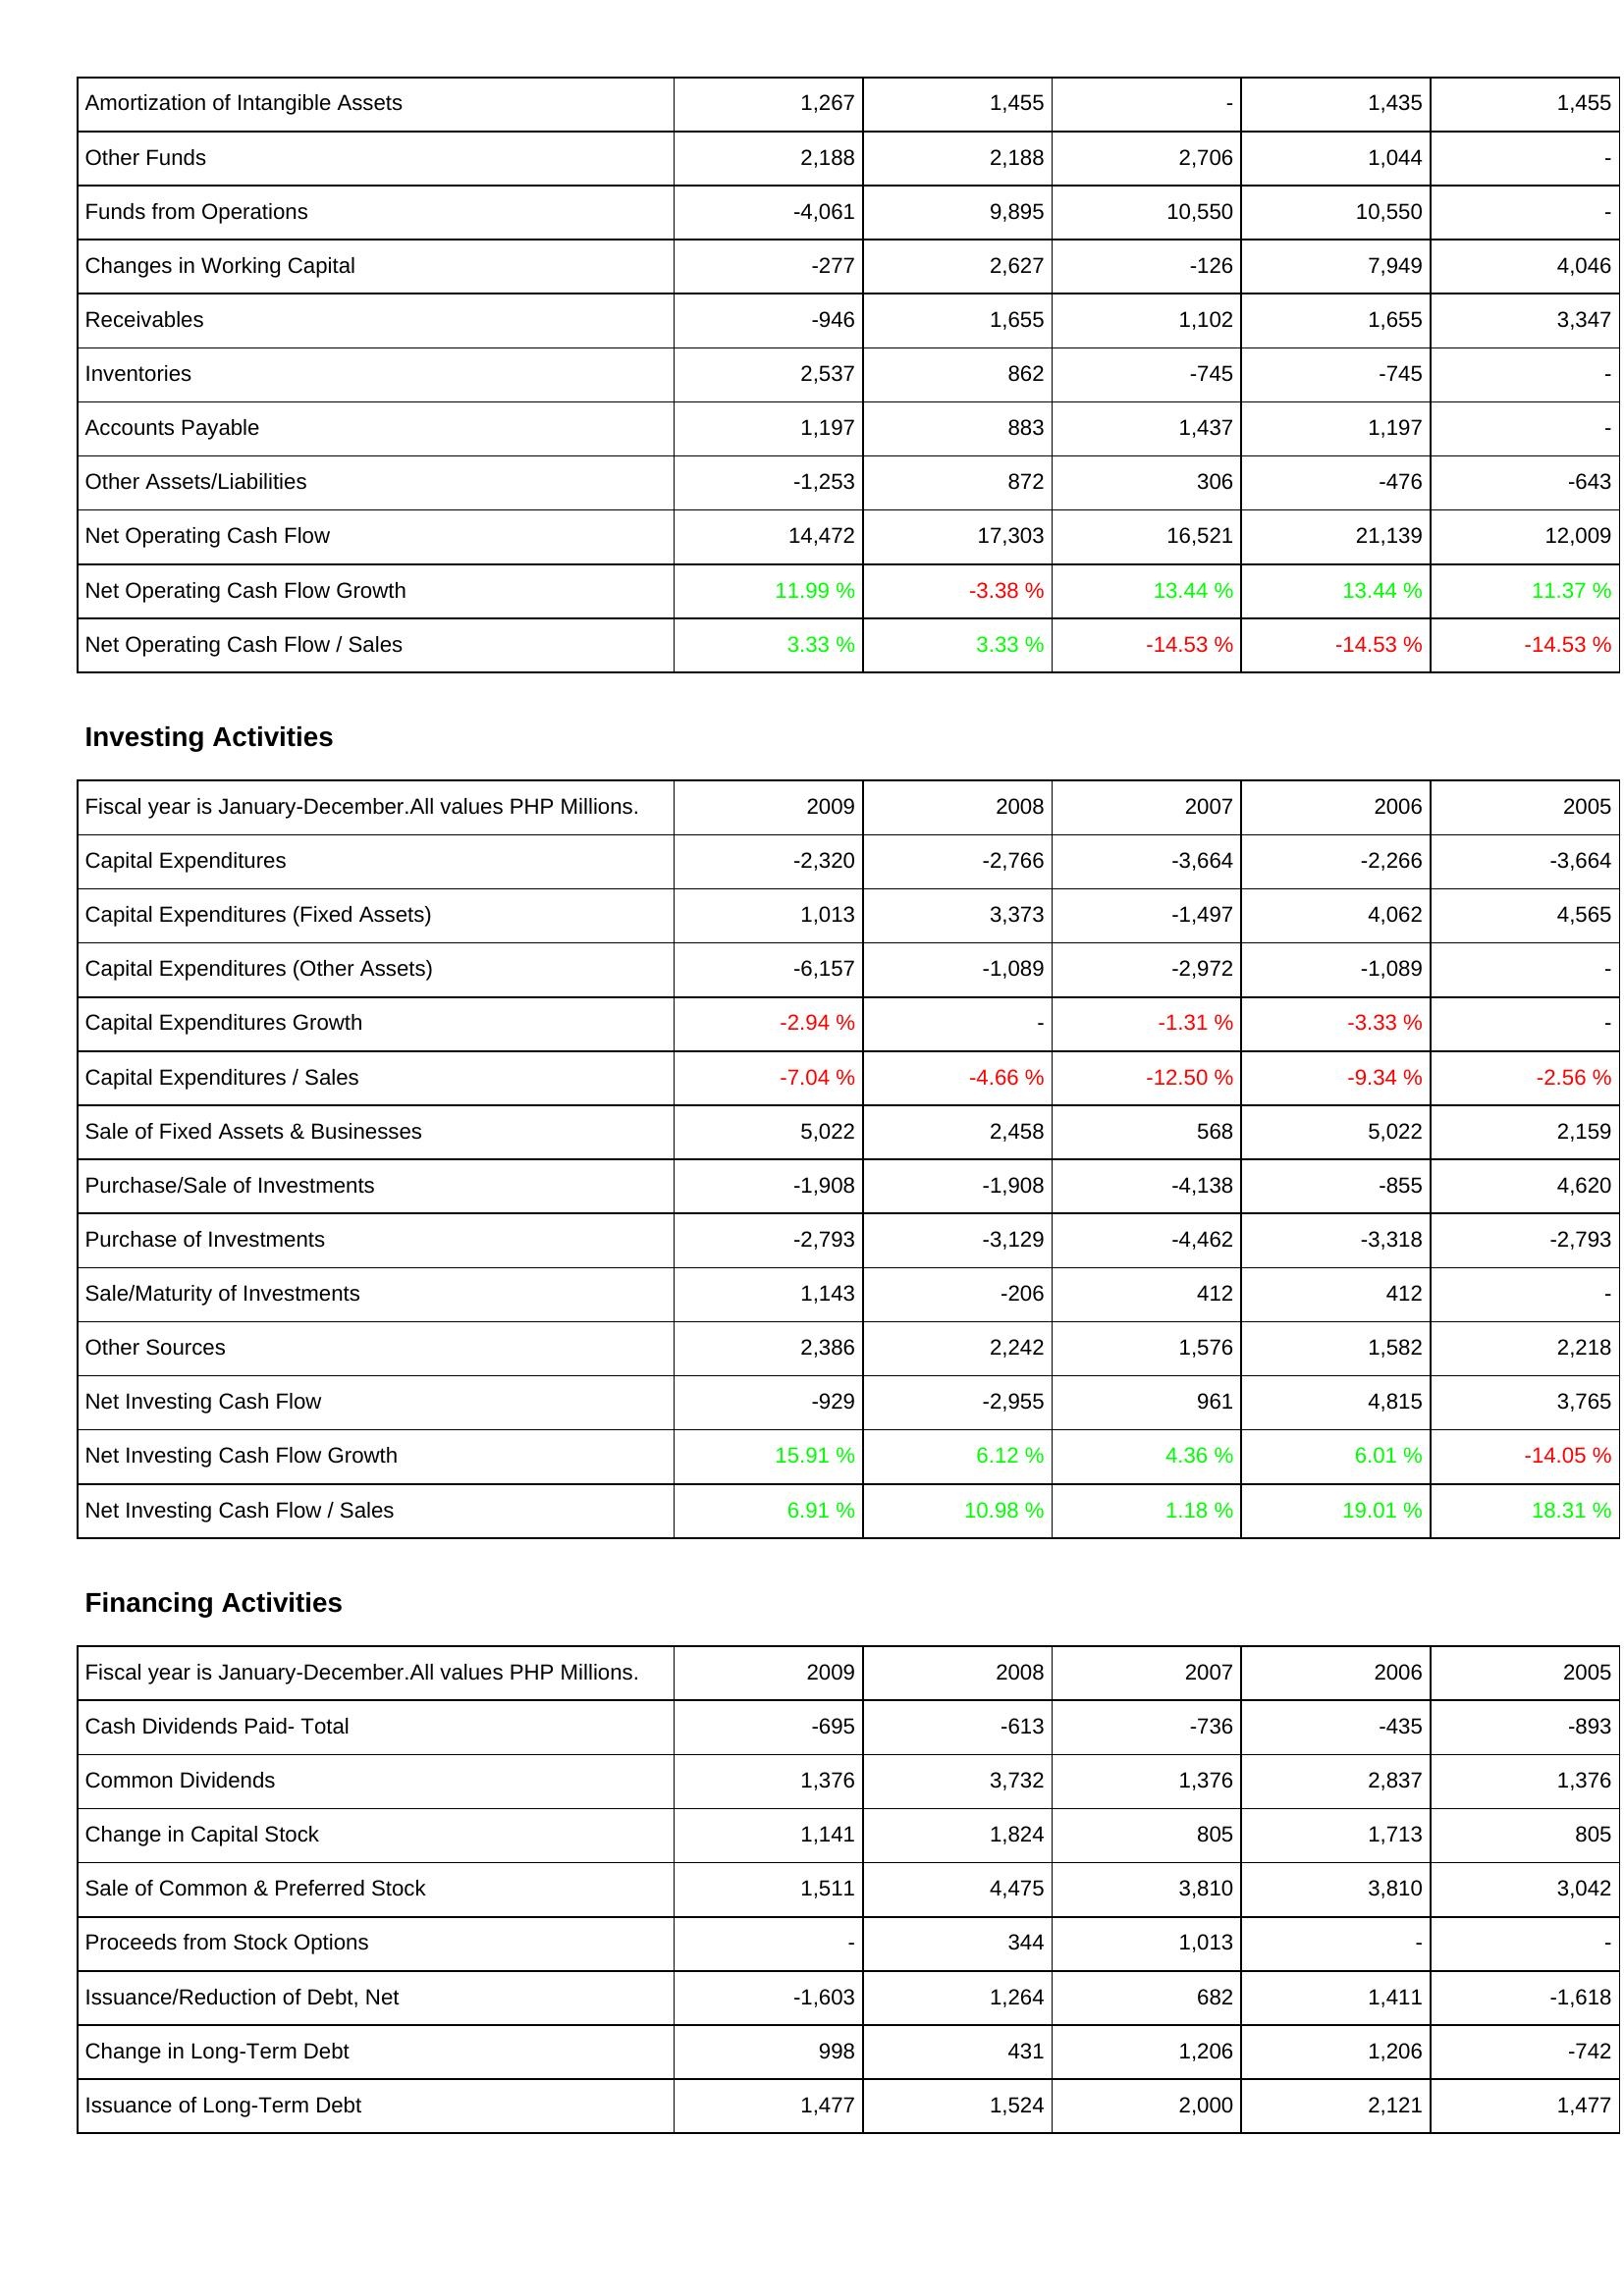
2009: Operating Activities: Amortization of Intangible Assets: 1,267
Other Funds: 2,188
Funds from Operations: -4,061
Changes in Working Capital: -277
Receivables: -946
Inventories: 2,537
Accounts Payable: 1,197
Other Assets/Liabilities: -1,253
Net Operating Cash Flow: 14,472
Net Operating Cash Flow Growth: 11.99 %
Net Operating Cash Flow / Sales: 3.33 %
Investing Activities: Capital Expenditures: -2,320
Capital Expenditures (Fixed Assets): 1,013
Capital Expenditures (Other Assets): -6,157
Capital Expenditures Growth: -2.94 %
Capital Expenditures / Sales: -7.04 %
Sale of Fixed Assets & Businesses: 5,022
Purchase/Sale of Investments: -1,908
Purchase of Investments: -2,793
Sale/Maturity of Investments: 1,143
Other Sources: 2,386
Net Investing Cash Flow: -929
Net Investing Cash Flow Growth: 15.91 %
Net Investing Cash Flow / Sales: 6.91 %
Financing Activities: Cash Dividends Paid- Total: -695
Common Dividends: 1,376
Change in Capital Stock: 1,141
Sale of Common & Preferred Stock: 1,511
Proceeds from Stock Options: -
Issuance/Reduction of Debt, Net: -1,603
Change in Long-Term Debt: 998
Issuance of Long-Term Debt: 1,477
2008: Operating Activities: Amortization of Intangible Assets: 1,455
Other Funds: 2,188
Funds from Operations: 9,895
Changes in Working Capital: 2,627
Receivables: 1,655
Inventories: 862
Accounts Payable: 883
Other Assets/Liabilities: 872
Net Operating Cash Flow: 17,303
Net Operating Cash Flow Growth: -3.38 %
Net Operating Cash Flow / Sales: 3.33 %
Investing Activities: Capital Expenditures: -2,766
Capital Expenditures (Fixed Assets): 3,373
Capital Expenditures (Other Assets): -1,089
Capital Expenditures Growth: -
Capital Expenditures / Sales: -4.66 %
Sale of Fixed Assets & Businesses: 2,458
Purchase/Sale of Investments: -1,908
Purchase of Investments: -3,129
Sale/Maturity of Investments: -206
Other Sources: 2,242
Net Investing Cash Flow: -2,955
Net Investing Cash Flow Growth: 6.12 %
Net Investing Cash Flow / Sales: 10.98 %
Financing Activities: Cash Dividends Paid- Total: -613
Common Dividends: 3,732
Change in Capital Stock: 1,824
Sale of Common & Preferred Stock: 4,475
Proceeds from Stock Options: 344
Issuance/Reduction of Debt, Net: 1,264
Change in Long-Term Debt: 431
Issuance of Long-Term Debt: 1,524
2007: Operating Activities: Amortization of Intangible Assets: -
Other Funds: 2,706
Funds from Operations: 10,550
Changes in Working Capital: -126
Receivables: 1,102
Inventories: -745
Accounts Payable: 1,437
Other Assets/Liabilities: 306
Net Operating Cash Flow: 16,521
Net Operating Cash Flow Growth: 13.44 %
Net Operating Cash Flow / Sales: -14.53 %
Investing Activities: Capital Expenditures: -3,664
Capital Expenditures (Fixed Assets): -1,497
Capital Expenditures (Other Assets): -2,972
Capital Expenditures Growth: -1.31 %
Capital Expenditures / Sales: -12.50 %
Sale of Fixed Assets & Businesses: 568
Purchase/Sale of Investments: -4,138
Purchase of Investments: -4,462
Sale/Maturity of Investments: 412
Other Sources: 1,576
Net Investing Cash Flow: 961
Net Investing Cash Flow Growth: 4.36 %
Net Investing Cash Flow / Sales: 1.18 %
Financing Activities: Cash Dividends Paid- Total: -736
Common Dividends: 1,376
Change in Capital Stock: 805
Sale of Common & Preferred Stock: 3,810
Proceeds from Stock Options: 1,013
Issuance/Reduction of Debt, Net: 682
Change in Long-Term Debt: 1,206
Issuance of Long-Term Debt: 2,000
2006: Operating Activities: Amortization of Intangible Assets: 1,435
Other Funds: 1,044
Funds from Operations: 10,550
Changes in Working Capital: 7,949
Receivables: 1,655
Inventories: -745
Accounts Payable: 1,197
Other Assets/Liabilities: -476
Net Operating Cash Flow: 21,139
Net Operating Cash Flow Growth: 13.44 %
Net Operating Cash Flow / Sales: -14.53 %
Investing Activities: Capital Expenditures: -2,266
Capital Expenditures (Fixed Assets): 4,062
Capital Expenditures (Other Assets): -1,089
Capital Expenditures Growth: -3.33 %
Capital Expenditures / Sales: -9.34 %
Sale of Fixed Assets & Businesses: 5,022
Purchase/Sale of Investments: -855
Purchase of Investments: -3,318
Sale/Maturity of Investments: 412
Other Sources: 1,582
Net Investing Cash Flow: 4,815
Net Investing Cash Flow Growth: 6.01 %
Net Investing Cash Flow / Sales: 19.01 %
Financing Activities: Cash Dividends Paid- Total: -435
Common Dividends: 2,837
Change in Capital Stock: 1,713
Sale of Common & Preferred Stock: 3,810
Proceeds from Stock Options: -
Issuance/Reduction of Debt, Net: 1,411
Change in Long-Term Debt: 1,206
Issuance of Long-Term Debt: 2,121
2005: Operating Activities: Amortization of Intangible Assets: 1,455
Other Funds: -
Funds from Operations: -
Changes in Working Capital: 4,046
Receivables: 3,347
Inventories: -
Accounts Payable: -
Other Assets/Liabilities: -643
Net Operating Cash Flow: 12,009
Net Operating Cash Flow Growth: 11.37 %
Net Operating Cash Flow / Sales: -14.53 %
Investing Activities: Capital Expenditures: -3,664
Capital Expenditures (Fixed Assets): 4,565
Capital Expenditures (Other Assets): -
Capital Expenditures Growth: -
Capital Expenditures / Sales: -2.56 %
Sale of Fixed Assets & Businesses: 2,159
Purchase/Sale of Investments: 4,620
Purchase of Investments: -2,793
Sale/Maturity of Investments: -
Other Sources: 2,218
Net Investing Cash Flow: 3,765
Net Investing Cash Flow Growth: -14.05 %
Net Investing Cash Flow / Sales: 18.31 %
Financing Activities: Cash Dividends Paid- Total: -893
Common Dividends: 1,376
Change in Capital Stock: 805
Sale of Common & Preferred Stock: 3,042
Proceeds from Stock Options: -
Issuance/Reduction of Debt, Net: -1,618
Change in Long-Term Debt: -742
Issuance of Long-Term Debt: 1,477